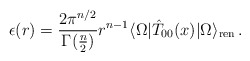
\begin{align*}\epsilon(r) = \frac{2\pi^{n/2}}{\Gamma(\frac{n}{2})} r^{n-1}\langle\Omega|\hat{T}_{00}(x)|\Omega\rangle_{\rm ren} \,.\end{align*}